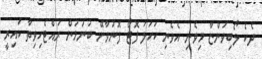
ދެކެ ލޯބިވަންޏާ މިވެނި އެވެނި ކަހަލަ ފޮޓޯ ފޮނުވާށޭ ބުނުމުން ރައްޓެހިވިތާ ކައިރީ